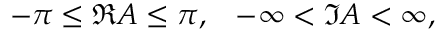
- \pi \leq \Re A \leq \pi , \; \; \; - \infty < \Im A < \infty ,